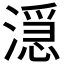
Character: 𬈬